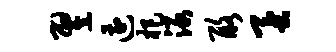
翌遭杷渌酪蚕